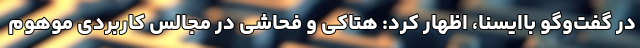
در گفت‌وگو باایسنا، اظهار کرد: هتاکی و فحاشی در مجالس کاربردی موهوم